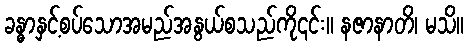
ခန္ဓာနှင့်စပ်သောအမည်အနွယ်စသည်ကို၎င်း။ နဇာနာတိ၊ မသိ။